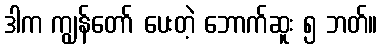
ဒါက ကျွန်တော် ပေးတဲ့ ဘောက်ဆူး ၅ ဘတ်။